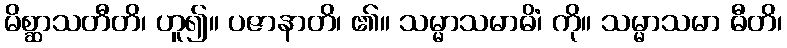
မိစ္ဆာသတီတိ၊ ဟူ၍။ ပဇာနာတိ၊ ၏။ သမ္မာသမာဓိံ၊ ကို။ သမ္မာသမာ ဓီတိ၊